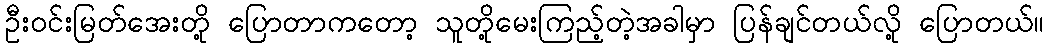
ဦးဝင်းမြတ်အေးတို့ ပြောတာကတော့ သူတို့မေးကြည့်တဲ့အခါမှာ ပြန်ချင်တယ်လို့ ပြောတယ်။